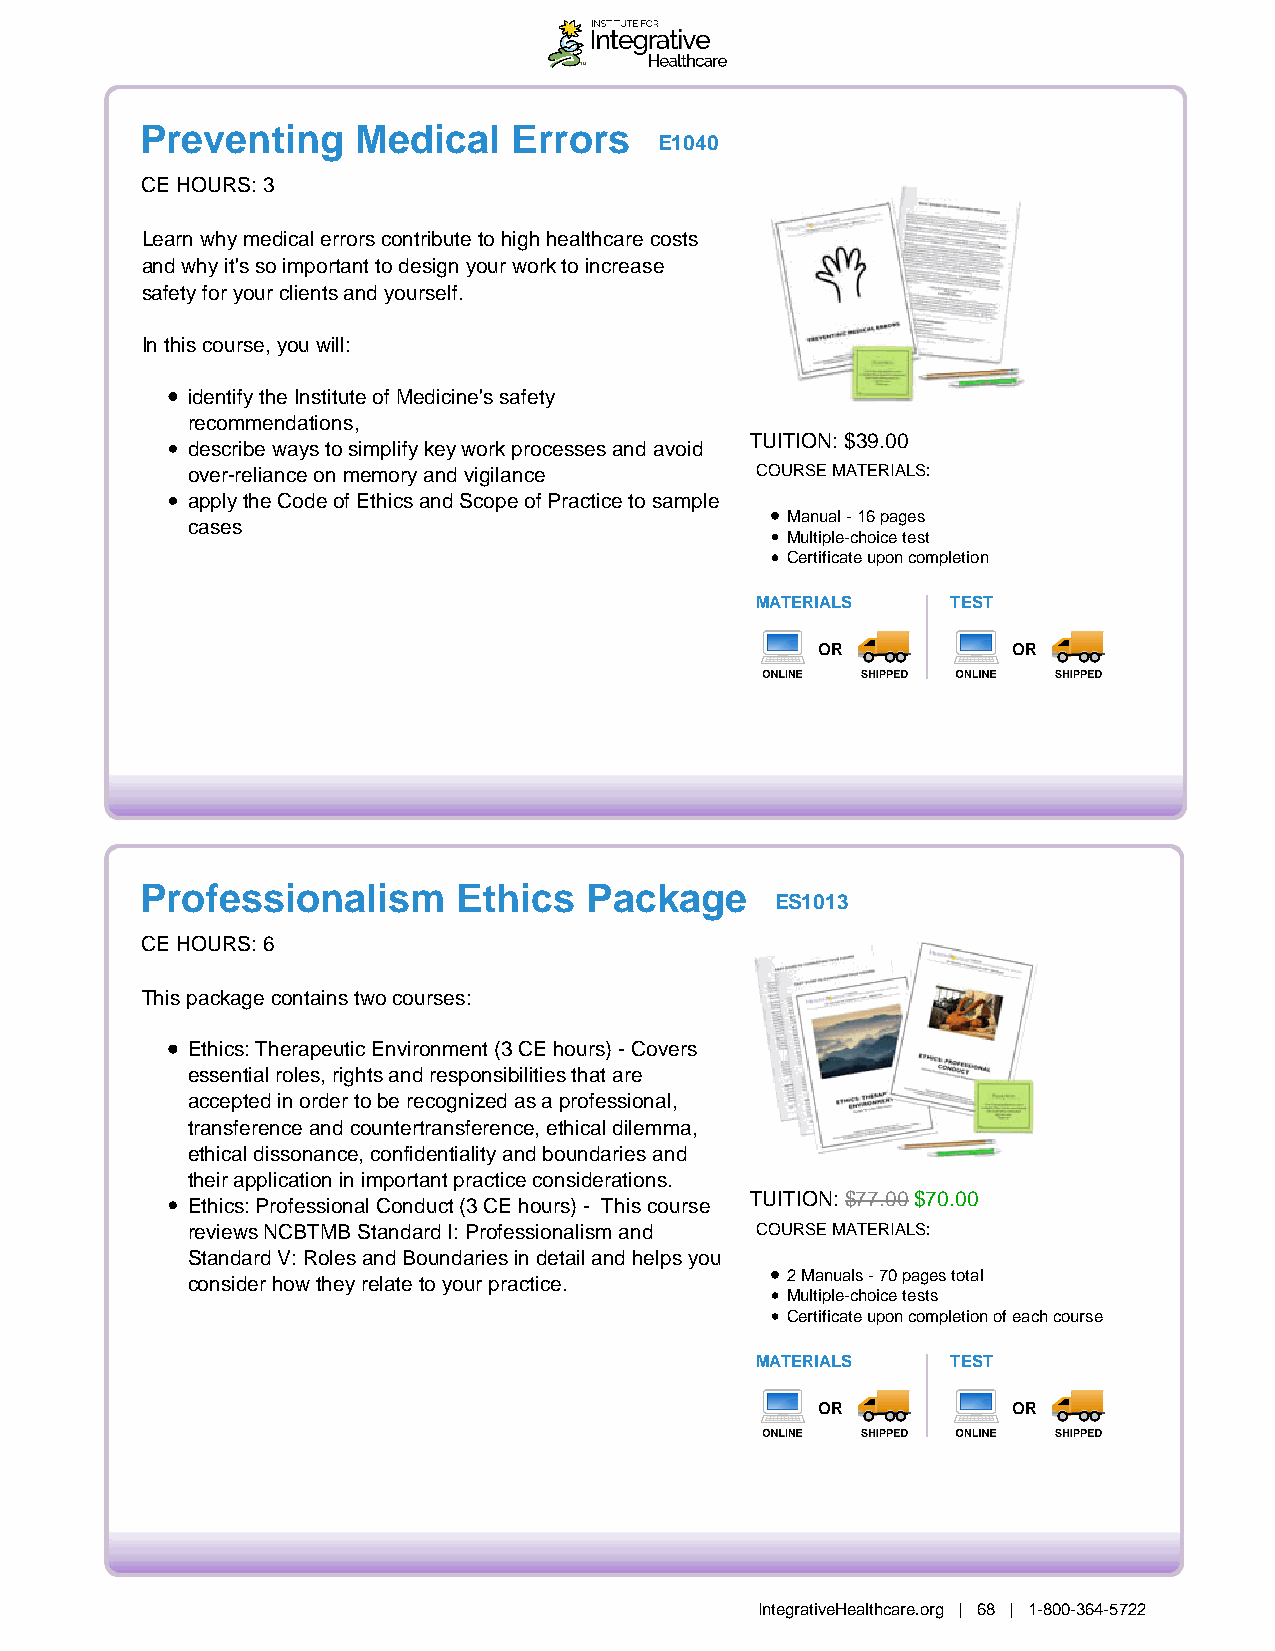
Preventing     Medical   Errors
 E1040
 CE HOURS: 3
 Learn why medical errors contribute to high healthcare costs
 and why it's so important to design your work to increase
 safety for your clients and yourself.
 In this course, you will:
 identify the Institute of Medicine's safety
 recommendations,
 TUITION: $39.00
 describe ways to simplify key work processes and avoid
 over-reliance on memory and vigilance COURSE MATERIALS:
 apply the Code of Ethics and Scope of Practice to sample
 Manual - 16 pages
 cases
 Multiple-choice test
 Certificate upon completion
 MATERIALS    TEST
 OR           OR
 Professionalism      Ethics   Package
 ES1013
 CE HOURS: 6
 This package contains two courses:
 Ethics: Therapeutic Environment (3 CE hours) - Covers
 essential roles, rights and responsibilities that are
 accepted in order to be recognized as a professional,
 transference and countertransference, ethical dilemma,
 ethical dissonance, confidentiality and boundaries and
 their application in important practice considerations.
 Ethics: Professional Conduct (3 CE hours) - This course TUITION: $77.00 $70.00
 reviews NCBTMB Standard I: Professionalism and COURSE MATERIALS:
 Standard V: Roles and Boundaries in detail and helps you
 2 Manuals - 70 pages total
 consider how they relate to your practice.
 Multiple-choice tests
 Certificate upon completion of each course
 MATERIALS    TEST
 OR           OR
 IntegrativeHealthcare.org | 68 | 1-800-364-5722